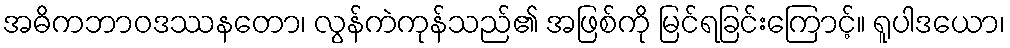
အဓိကဘာဝဒဿနတော၊ လွန်ကဲကုန်သည်၏ အဖြစ်ကို မြင်ရခြင်းကြောင့်။ ရူပါဒယော၊